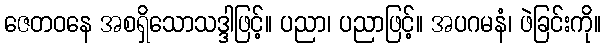
ဇေတဝနေ အစရှိသောသဒ္ဒါဖြင့်။ ပညာ၊ ပညာဖြင့်။ အပဂမနံ၊ ဖဲခြင်းကို။